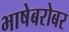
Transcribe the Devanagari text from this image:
भाषेबरोबर